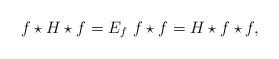
LaTeX: \begin{align*}f\star H\star f= E_f ~ f\star f= H\star f\star f ,\end{align*}